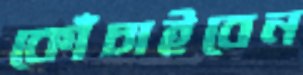
কোঁচাইবেন